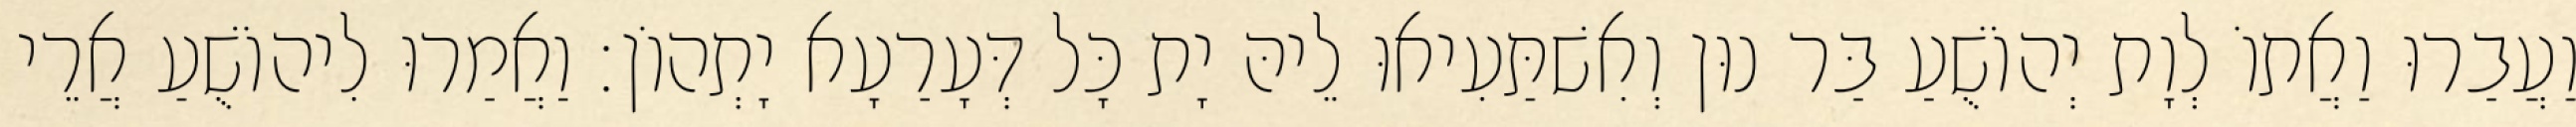
וַעֲבַרוּ וַאֲתוֹ לְוָת יְהוֹשֻׁעַ בַּר נוּן וְאִשׁתַּעִיאוּ לֵיהּ יָת כָּל דְּעָרַעָא יָתְהוֹן׃ וַאֲמַרוּ לִיהוֹשֻׁעַ אֲרֵי